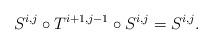
LaTeX: \begin{align*}S^{i, j}\circ T^{i+1, j-1}\circ S^{i, j}=S^{i, j}.\end{align*}